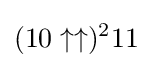
(10\uparrow \uparrow )^{2}11